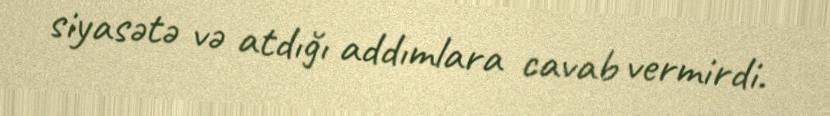
siyasətə və atdığı addımlara cavab vermirdi.